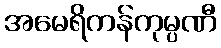
အမေရိကန်ကုမ္ပဏီ